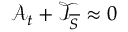
\mathcal { A } _ { t } + \mathcal { T } _ { \overline { { S } } } \approx 0